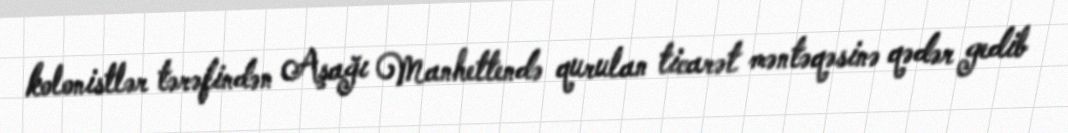
kolonistlər tərəfindən Aşağı Manhettendə qurulan ticarət məntəqəsinə qədər gedib